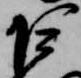
巨